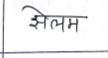
मजकूर: झेलम